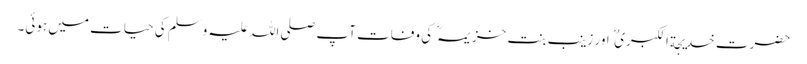
حضرت خدیجة الکبریٰ اور زینب بنت خزیمہ کی وفات آپ صلی اللہ علیہ وَسلم کی حیات میں ہوئی۔